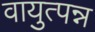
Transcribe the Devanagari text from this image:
वायुत्पन्न